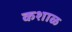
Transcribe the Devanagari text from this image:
कशाळ